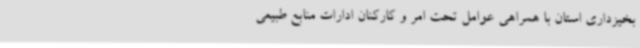
بخیزداری استان با همراهی عوامل تحت امر و کارکنان ادارات منابع طبیعی